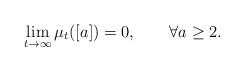
LaTeX: \begin{align*}\lim\limits_{t\to\infty}\mu_{t}([a])=0,\qquad\forall a\geq 2. \end{align*}